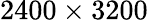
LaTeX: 2400\times 3200